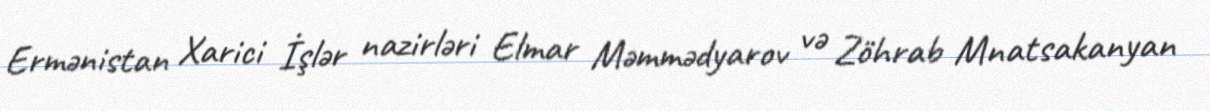
Ermənistan Xarici İşlər nazirləri Elmar Məmmədyarov və Zöhrab Mnatsakanyan